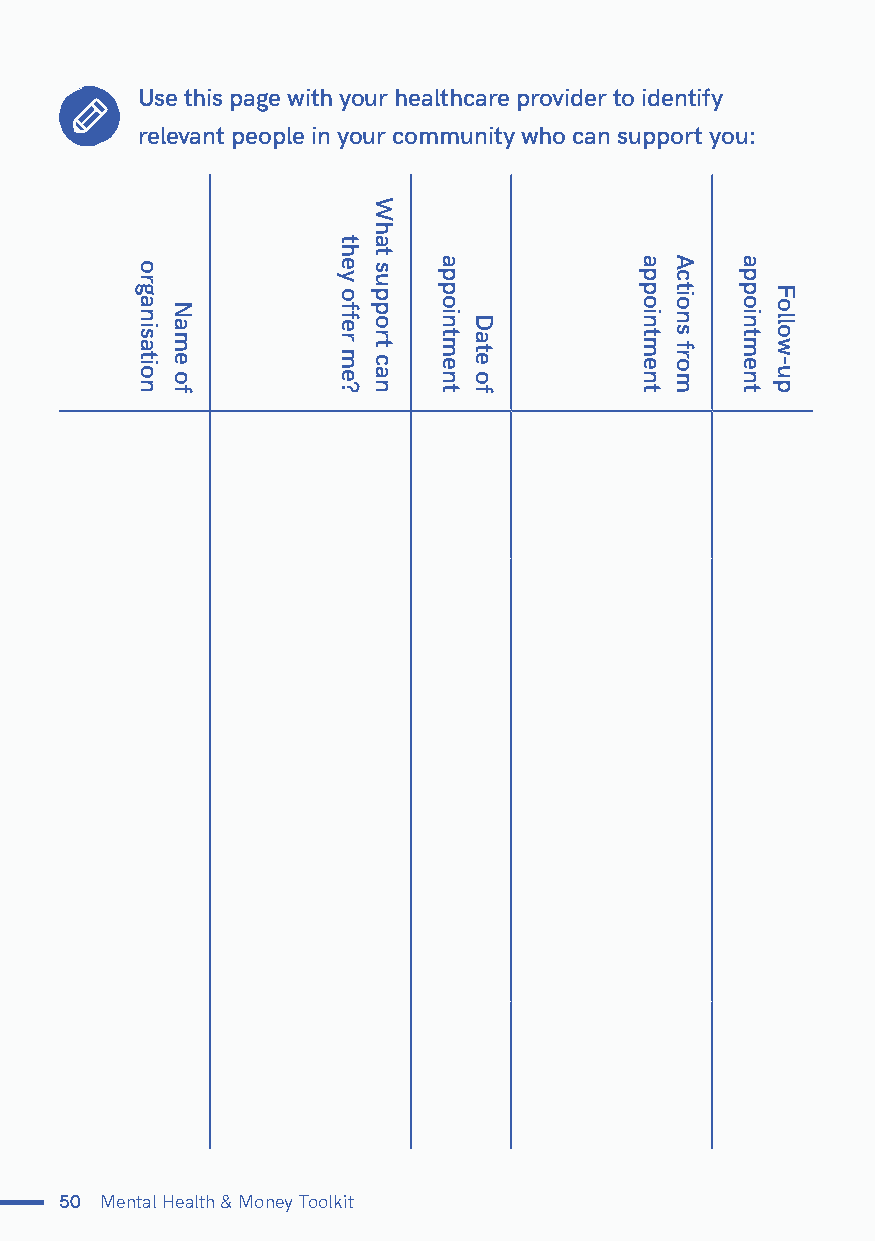
Use this page with your healthcare provider to identify
 relevant people in your community who can support you:
 50 Mental Health & Money Toolkit
 organisation
 Name
 of
 they
 offer
 me?
 What
 support
 can
 appointment
 Date
 of
 appointment Actions
 from
 appointment
 Follow-up